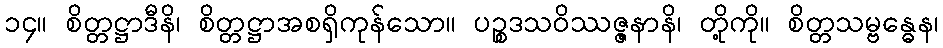
၁၄။ စိတ္တဋ္ဌာဒီနိ၊ စိတ္တဋ္ဌာအစရှိကုန်သော။ ပဉ္စဒသဝိဿဇ္ဇနာနိ၊ တို့ကို။ စိတ္တသမ္ဗန္ဓေန၊